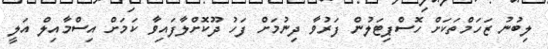
ލިބުނު ޒަހަމްތަކަށް ހޮސްޕިޓަލުން ފަރުވާ ދިނުމަށް ފަހު ދޫކޮށްލާފައިވާ ކަމަށް އިސްމާއިލް އަލީ